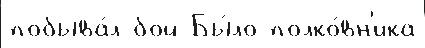
побыва́л бой Бы́ло полко́вн'ика